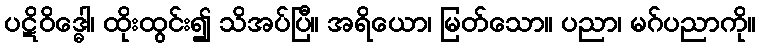
ပဋိဝိဒ္ဓေါ၊ ထိုးထွင်း၍ သိအပ်ပြီ။ အရိယော၊ မြတ်သော။ ပညာ၊ မဂ်ပညာကို။